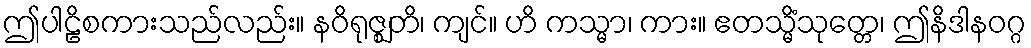
ဤပါဠိစကားသည်လည်း။ နဝိရုဇ္ဈတိ၊ ကျင်။ ဟိ ကသ္မာ၊ ကား။ ဧတသ္မိံသုတ္တေ၊ ဤနိဒါနဝဂ္ဂ